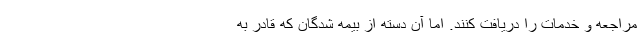
مراجعه و خدمات را دریافت کنند. اما آن دسته از بیمه شدگان که قادر به